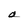
Character: a